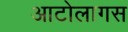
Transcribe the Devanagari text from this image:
आटोलागस